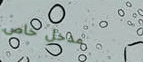
مدخل خاص